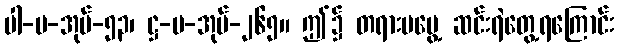
ပါ-ပ-အုပ်-၅၃၊ ဋ္ဌ-မ-အုပ်-၂၆၅။ ဤ၌ တရားမမွေ့ ဆင်းရဲတွေ့ရကြောင်း